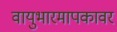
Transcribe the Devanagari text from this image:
वायुभारमापकावर